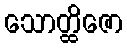
သောတ္ထိဇော